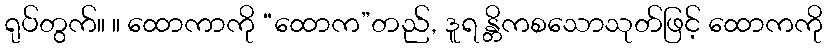
ရုပ်တွက်။ ။ ထောကာကို “ထောက”တည်, ဒူရ န္တိကစသောသုတ်ဖြင့် ထောကကို